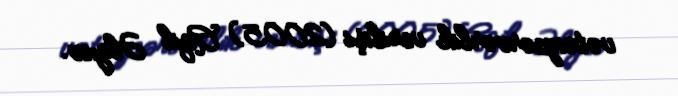
vətənpərvərlik verilişi (2005) Aqil Əliyev.